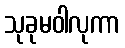
သုခုမဝါလုကာ